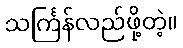
သင်္ကြန်လည်ဖို့တဲ့။